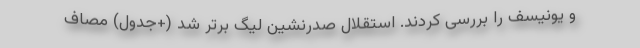
و یونیسف را بررسی کردند. استقلال صدرنشین لیگ برتر شد (+جدول) مصاف